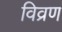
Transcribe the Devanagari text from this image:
विव्रण